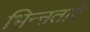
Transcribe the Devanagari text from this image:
भिन्ऩताएँ